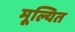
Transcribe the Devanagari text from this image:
मूल्यित